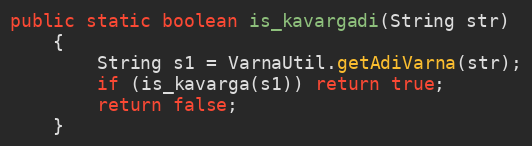
Language: Java
public static boolean is_kavargadi(String str)
    {
        String s1 = VarnaUtil.getAdiVarna(str);
        if (is_kavarga(s1)) return true;
        return false;
    }